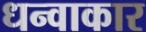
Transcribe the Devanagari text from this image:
धन्वाकार